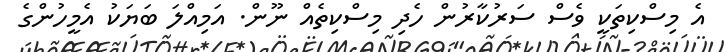
އެ މިސްކިތަކީ ވެސް ސަރުކާރުން ހެދި މިސްކިތެއް ނޫން. އަމިއްލަ ބަޔަކު އެމީހުންގެ